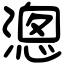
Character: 漗